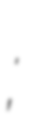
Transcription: Максимовић;